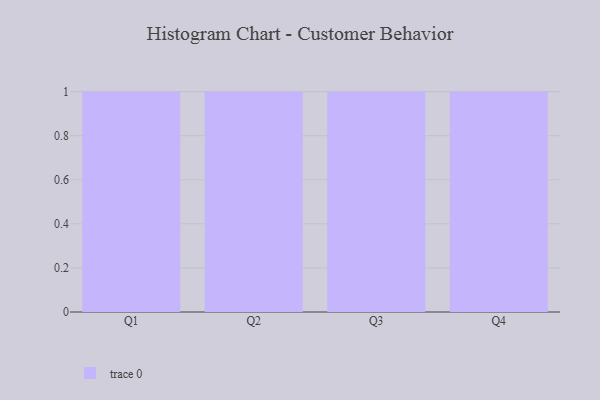
{"axis": {"x": "Quarter", "y": "Market Share (%)"}, "legend": [""], "data": [{"x": "Q1", "y": 24, "type": ""}, {"x": "Q2", "y": 29, "type": ""}, {"x": "Q3", "y": 58, "type": ""}, {"x": "Q4", "y": 1, "type": ""}]}